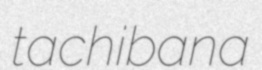
tachibana